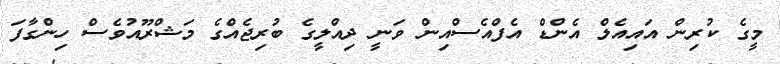
މީގެ ކުރިން އައިއެލް އެންޑް އެފްއެސްއިން ވަނީ ދިއްލީގެ ބުރިޖެއްގެ މަޝްރޫއުވެސް ހިންގާފަ